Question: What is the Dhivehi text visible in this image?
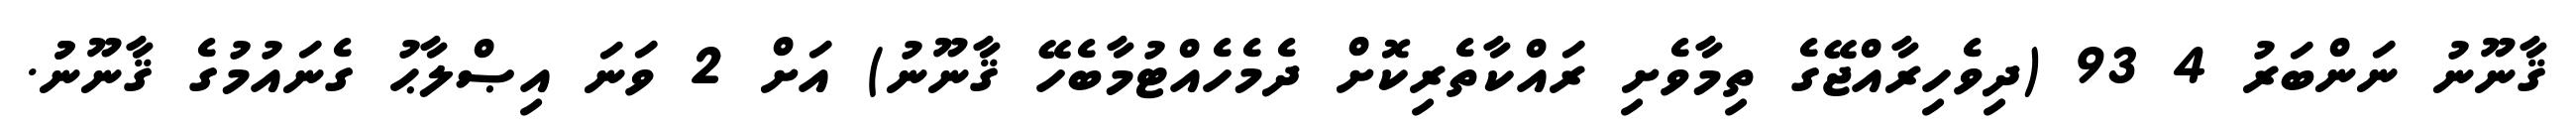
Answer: ޤާނޫނު ނަންބަރު 4 93 (ދިވެހިރާއްޖޭގެ ތިމާވެށި ރައްކާތެރިކޮށް ދެމެހެއްޓުމާބެހޭ ޤާނޫނު) އަށް 2 ވަނަ އިޞްލާޙު ގެނައުމުގެ ޤާނޫނުު.